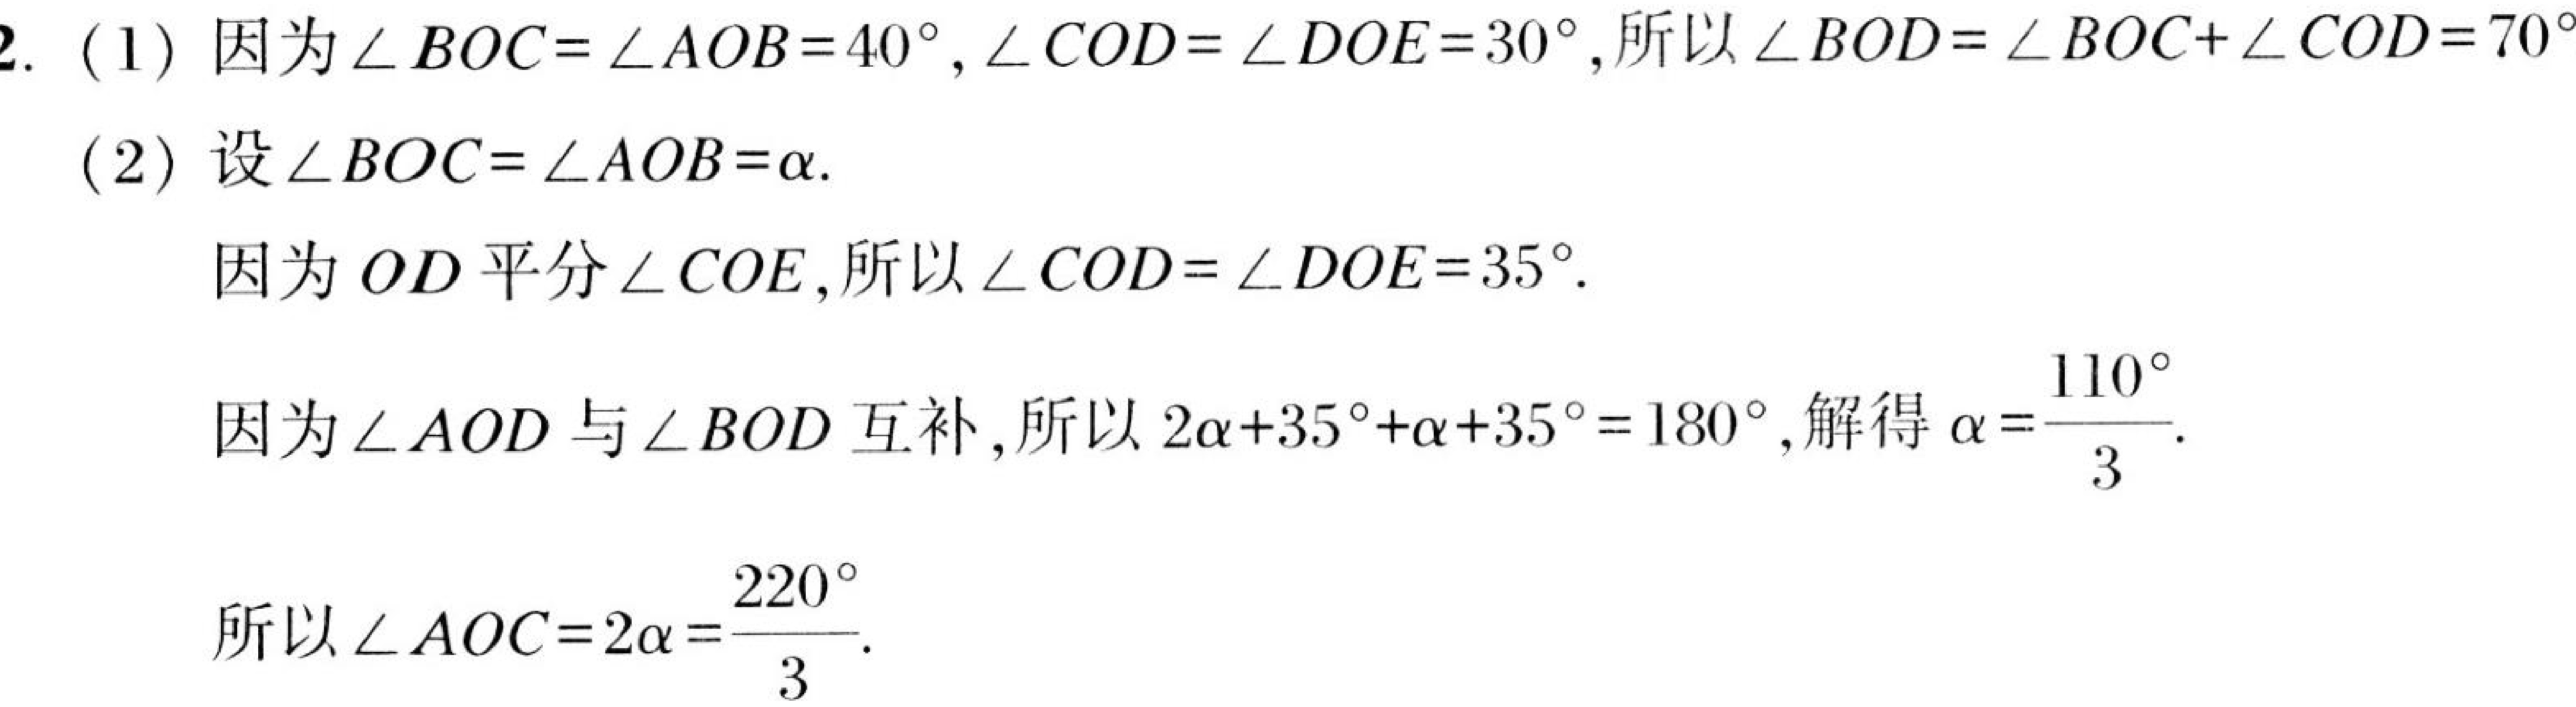
2. (1) 因为\(\angle BOC = \angle AOB = 40^{\circ},\angle COD = \angle DOE = 30^{\circ}\),所以\(\angle BOD=\angle BOC+\angle COD = 70^{\circ}\)
(2) 设\(\angle BOC = \angle AOB=\alpha\).
因为\(OD\)平分\(\angle COE\),所以\(\angle COD = \angle DOE = 35^{\circ}\).
因为\(\angle AOD\)与\(\angle BOD\)互补,所以\(2\alpha+35^{\circ}+\alpha + 35^{\circ}=180^{\circ}\),解得\(\alpha=\dfrac{110^{\circ}}{3}\).
所以\(\angle AOC = 2\alpha=\dfrac{220^{\circ}}{3}\).